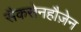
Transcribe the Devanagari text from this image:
सैकसेनहौज़ेन